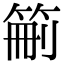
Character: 䈀